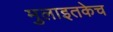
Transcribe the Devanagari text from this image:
मुलाइतकेच